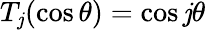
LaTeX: T_{\mathit{j}}(\cos\theta)=\cos\mathit{j}\theta